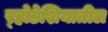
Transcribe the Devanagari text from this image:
र्‍होडेशियातील